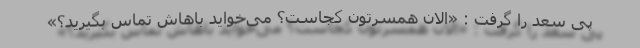
پی سعد را گرفت : «الان همسرتون کجاست؟ می‌خواید باهاش تماس بگیرید؟»